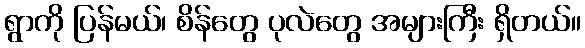
ရွာကို ပြန်မယ်၊ စိန်တွေ ပုလဲတွေ အများကြီး ရှိတယ်။